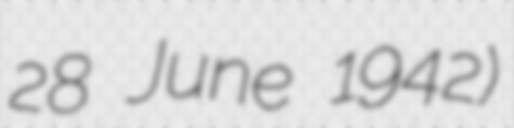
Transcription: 28 June 1942)